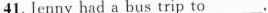
41. Jenny had a bus trip to___.